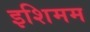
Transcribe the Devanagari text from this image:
इशिमम